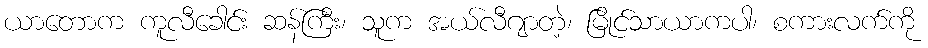
ယာတောက ကူလီခေါင်း ဆန်ကြီး၊ သူက အယ်လီဂျာတဲ့၊ မြိုင်သာယာကပါ၊ စကားလက်ကို